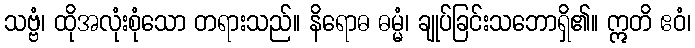
သဗ္ဗံ၊ ထိုအလုံးစုံသော တရားသည်။ နိရောဓ ဓမ္မံ၊ ချုပ်ခြင်းသဘောရှိ၏။ ဣတိ ဧဝံ၊